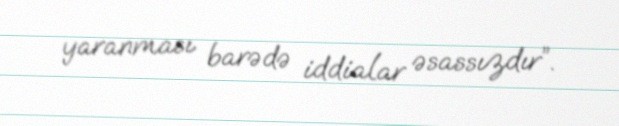
yaranması barədə iddialar əsassızdır”.